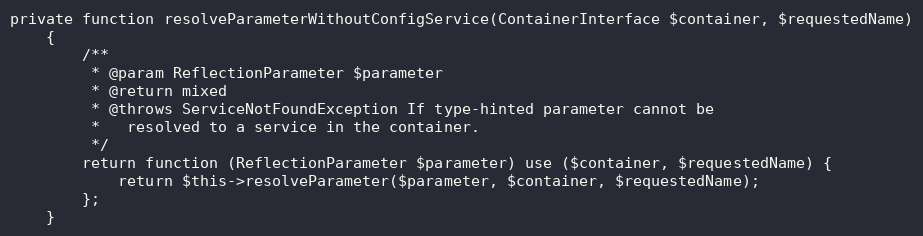
Language: PHP
private function resolveParameterWithoutConfigService(ContainerInterface $container, $requestedName)
    {
        /**
         * @param ReflectionParameter $parameter
         * @return mixed
         * @throws ServiceNotFoundException If type-hinted parameter cannot be
         *   resolved to a service in the container.
         */
        return function (ReflectionParameter $parameter) use ($container, $requestedName) {
            return $this->resolveParameter($parameter, $container, $requestedName);
        };
    }